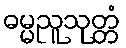
ဓမ္မညူသုတ္တံ